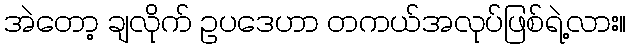
အဲတော့ ချလိုက် ဥပဒေဟာ တကယ်အလုပ်ဖြစ်ရဲ့လား။